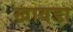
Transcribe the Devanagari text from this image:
खावडा